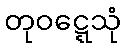
တုဝဋ္ဋေသုံ